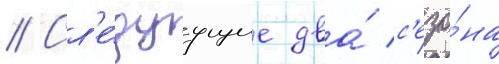
// Сл'е́дуущие два́ с'езо́на